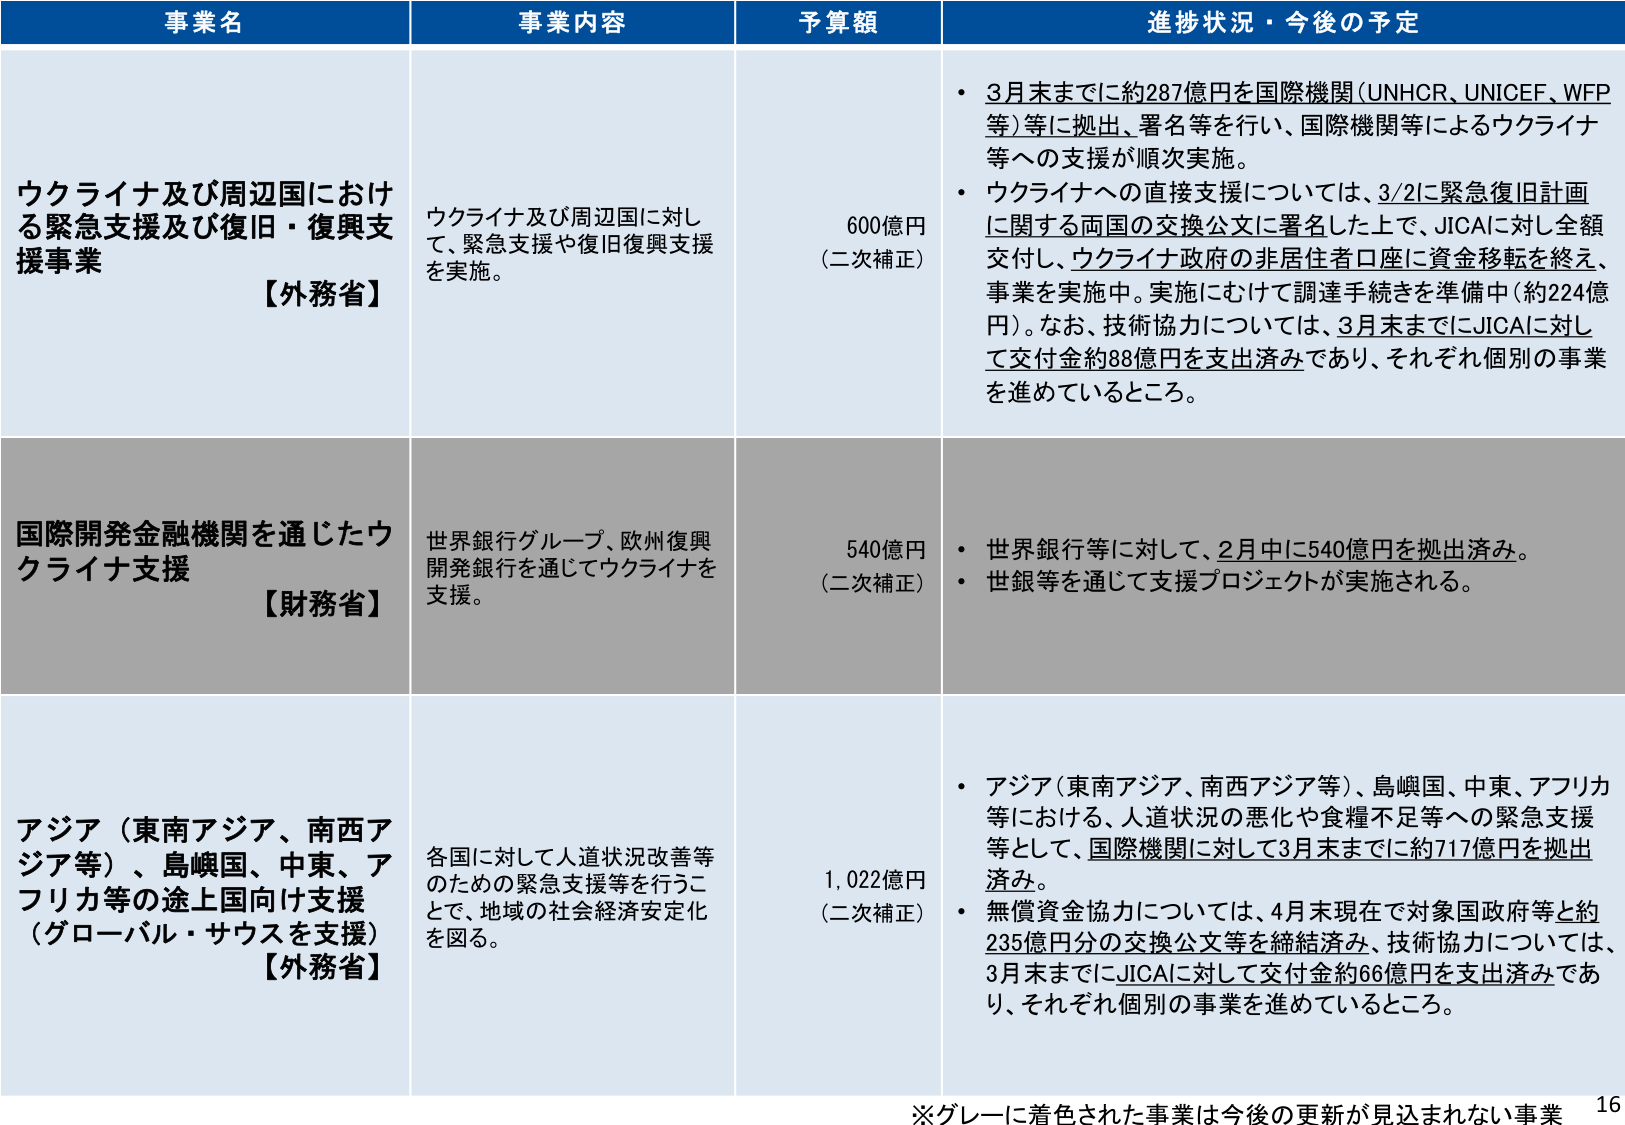
事業名 事業内容 予算額 進捗状況・今後の予定
ウクライナ及び周辺国における緊急支援及び復旧・復興支援事業 【外務省】 ウクライナ及び周辺国に対して、緊急支援や復旧復興支援を実施。 600億円 （二次補正） ・3月末までに約287億円を国際機関（UNHCR、UNICEF、WFP等）等に拠出、署名等を行い、国際機関等によるウクライナ等への支援が順次実施。 ・ウクライナへの直接支援については、3/2に緊急復旧計画に関する両国の交換公文に署名した上で、JICAに対し全額交付し、ウクライナ政府の非居住者口座に資金移転を終え、事業を実施中。実施にむけて調達手続きを準備中（約224億円）。なお、技術協力については、3月末までにJICAに対して交付金約88億円を支出済みであり、それぞれ個別の事業を進めているところ。
国際開発金融機関を通じたウクライナ支援 【財務省】 世界銀行グループ、欧州復興開発銀行を通じてウクライナを支援。 540億円 （二次補正） ・世界銀行等に対して、2月中に540億円を拠出済み。 ・世銀資を通じて支援プロジェクトが実施される。
アジア（東南アジア、南西アジア等）、島嶼国、中東、アフリカ等の途上国向け支援 （グローバル・サウスを支援） 【外務省】 各国に対して人道状況改善等のための緊急支援等を行うことで、地域の社会経済安定化を図る。 1,022億円 （二次補正） ・アジア（東南アジア、南西アジア等）、島嶼国、中東、アフリカ等における、人道状況の悪化や食糧不足等への緊急支援等として、国際機関に対して3月末までに約717億円を拠出済み。 ・無償資金協力については、4月末現在で対象国政府等と約235億円分の交換公文等を締結済み、技術協力については、3月末までにJICAに対して交付金約66億円を支出済みであり、それぞれ個別の事業を進めているところ。
※グレーに着色された事業は今後の更新が見込まれない事業 16